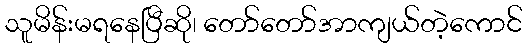
သူမိန်းမရနေပြီဆို၊ တော်တော်အာကျယ်တဲ့ကောင်